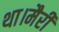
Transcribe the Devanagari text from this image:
था।मैरी